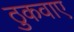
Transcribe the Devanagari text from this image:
ठुकवाए